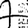
Digit: 7